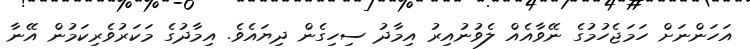
އަހަންނަށް ހަމަޖެހުމުގެ ނޭވާއެއް ލެވުނުއިރު އިމާދު ސިހިގެން ދިޔައެވެ. އިމާދުގެ މަކަރުވެރިކަމުން އޭނާ